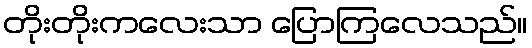
တိုးတိုးကလေးသာ ပြောကြလေသည်။